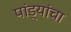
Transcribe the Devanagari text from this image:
पांड्यांचा